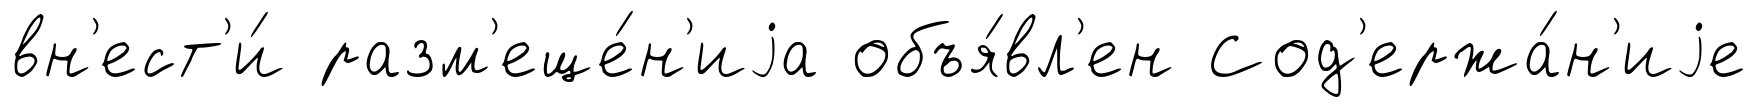
вн'ест'и́ разм'еще́н'иjа объя́вл'ен Сод'ержа́н'иjе